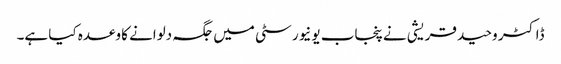
ڈاکٹر وحید قریشی نے پنجاب یونیورسٹی میں جگہ دلوانے کا وعدہ کیا ہے۔